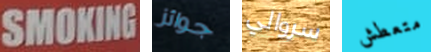
SMOKING جوائز سروالي متعطش